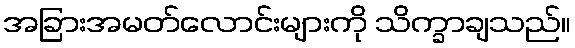
အခြားအမတ်လောင်းများကို သိက္ခာချသည်။